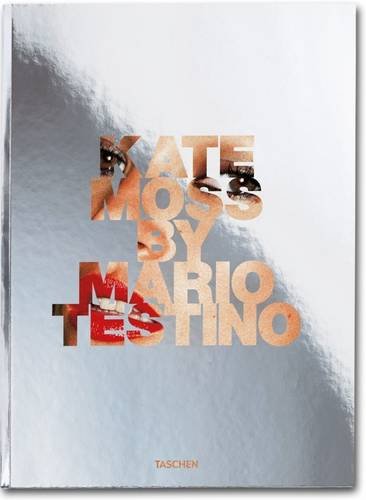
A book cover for Kate Moss by Mario Testino; Arts & Photography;